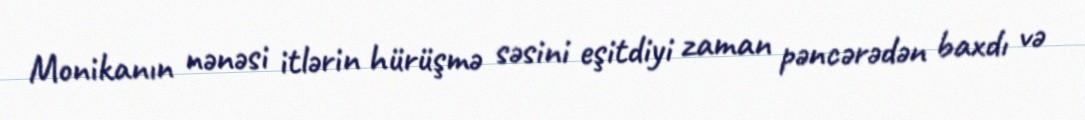
Monikanın nənəsi itlərin hürüşmə səsini eşitdiyi zaman pəncərədən baxdı və